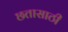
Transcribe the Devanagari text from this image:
छतासाठी